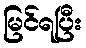
မြင်ရပြီး